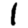
Digit: 1